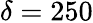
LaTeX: \delta=250